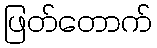
ဖြတ်တောက်